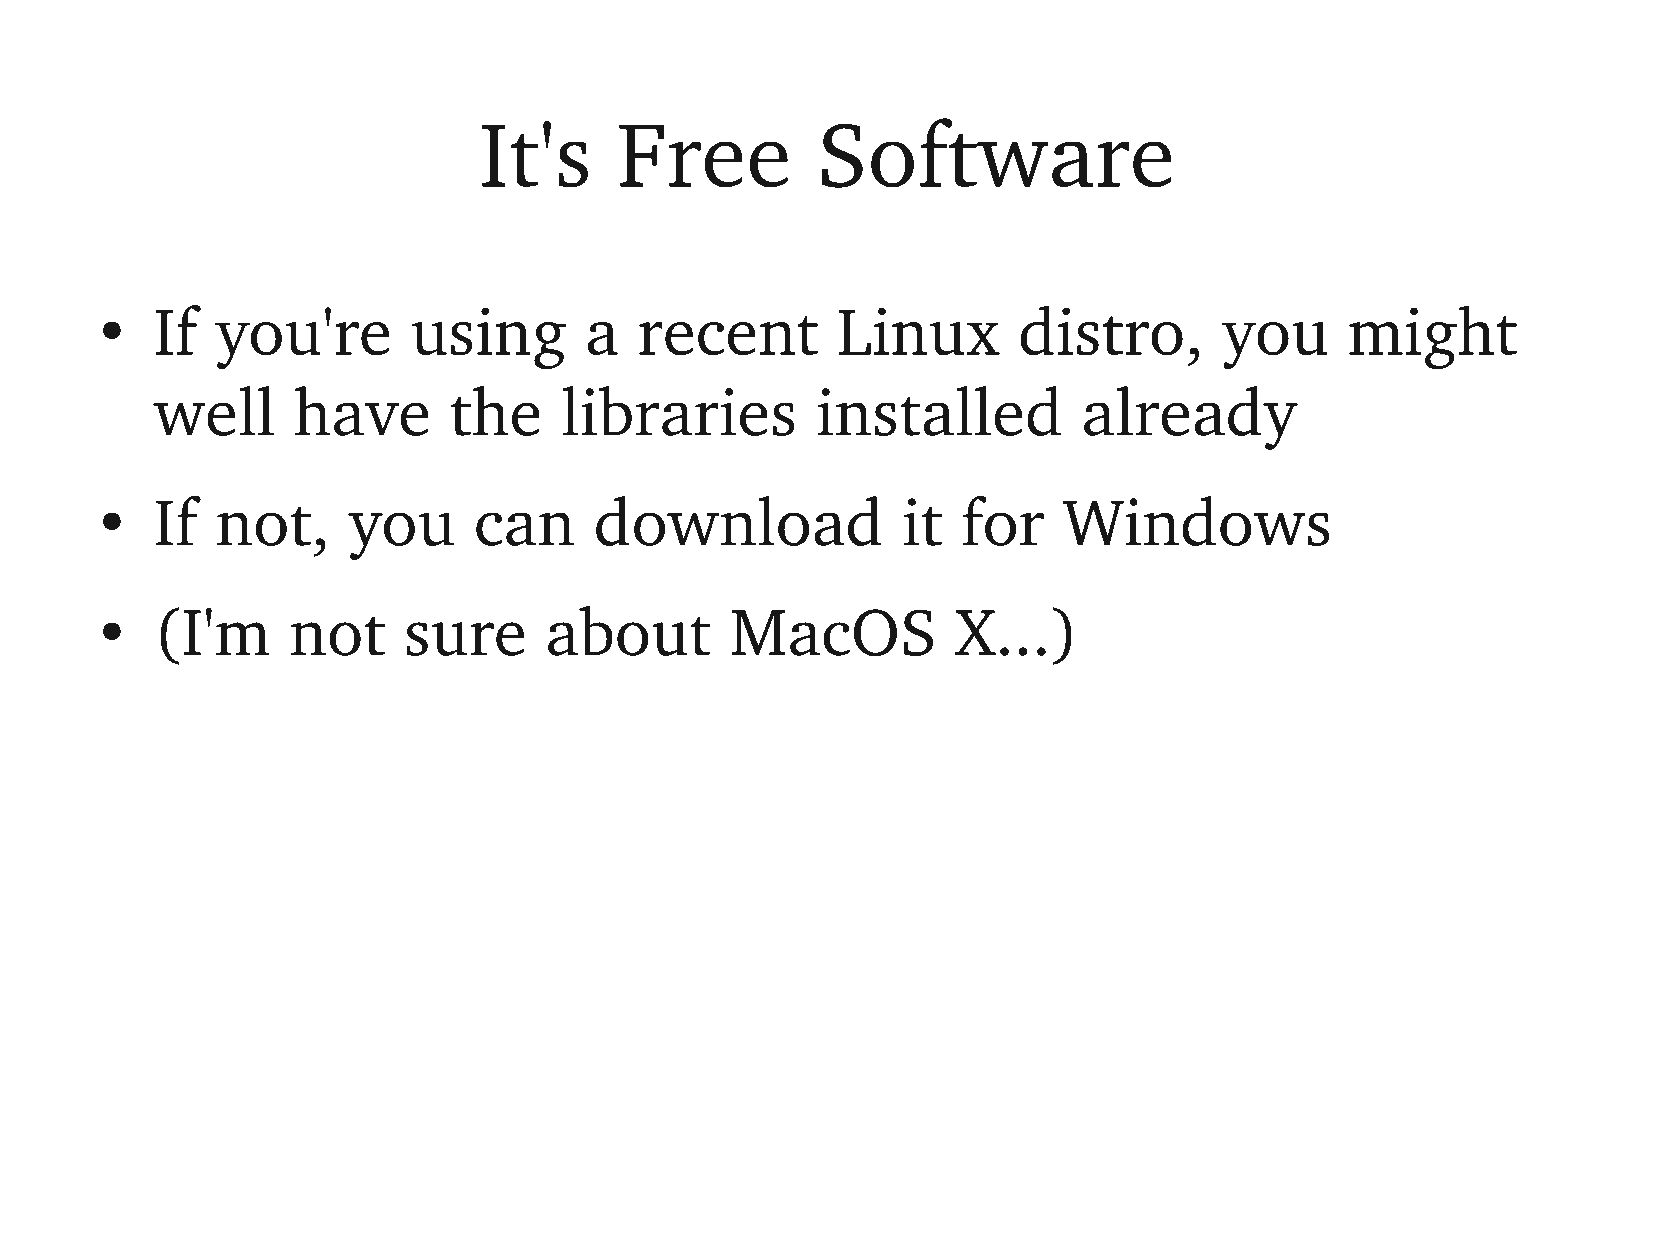
It's     Free         Software
 If  you're       using       a  recent       Linux       distro,       you     might
 ●
 well     have       the    libraries        installed         already
 If  not,     you     can     download             it  for   Windows
 ●
 (I'm     not     sure     about       MacOS          X...)
 ●